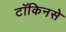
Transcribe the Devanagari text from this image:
टॉकिनसे